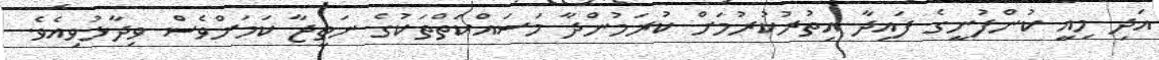
އަދި މިއީ ކުންފުނީގެ ފައިދާ އިތުރުކުރުމަށް ކުރަމުންދާ މަސައްކަތްތަކުގެ ނަތީޖާ ކަމަށްވެސް ވިދާޅުވިއެވެ.